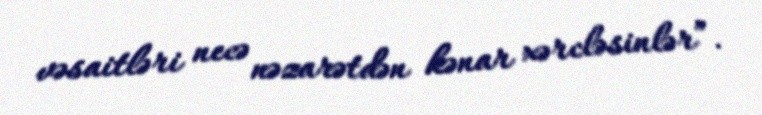
vəsaitləri necə nəzarətdən kənar xərcləsinlər”.